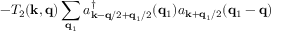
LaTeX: - T _ { 2 } ( { \bf { k } } , { \bf { q } } ) \sum _ { { \bf { q } } _ { 1 } } a _ { { \bf { k } } - { \bf { q } } / 2 + { \bf { q } } _ { 1 } / 2 } ^ { \dagger } ( { \bf { q } } _ { 1 } ) a _ { { \bf { k } } + { \bf { q } } _ { 1 } / 2 } ( { \bf { q } } _ { 1 } - { \bf { q } } )